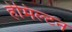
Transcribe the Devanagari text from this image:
हेमिल्‍टन